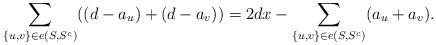
LaTeX: \begin{align*}\sum_{\{u,v\} \in e(S,S^c)} ((d-a_u)+(d-a_v))= 2dx -\sum_{\{u,v\}\in e(S,S^c)} (a_u+a_v).\end{align*}